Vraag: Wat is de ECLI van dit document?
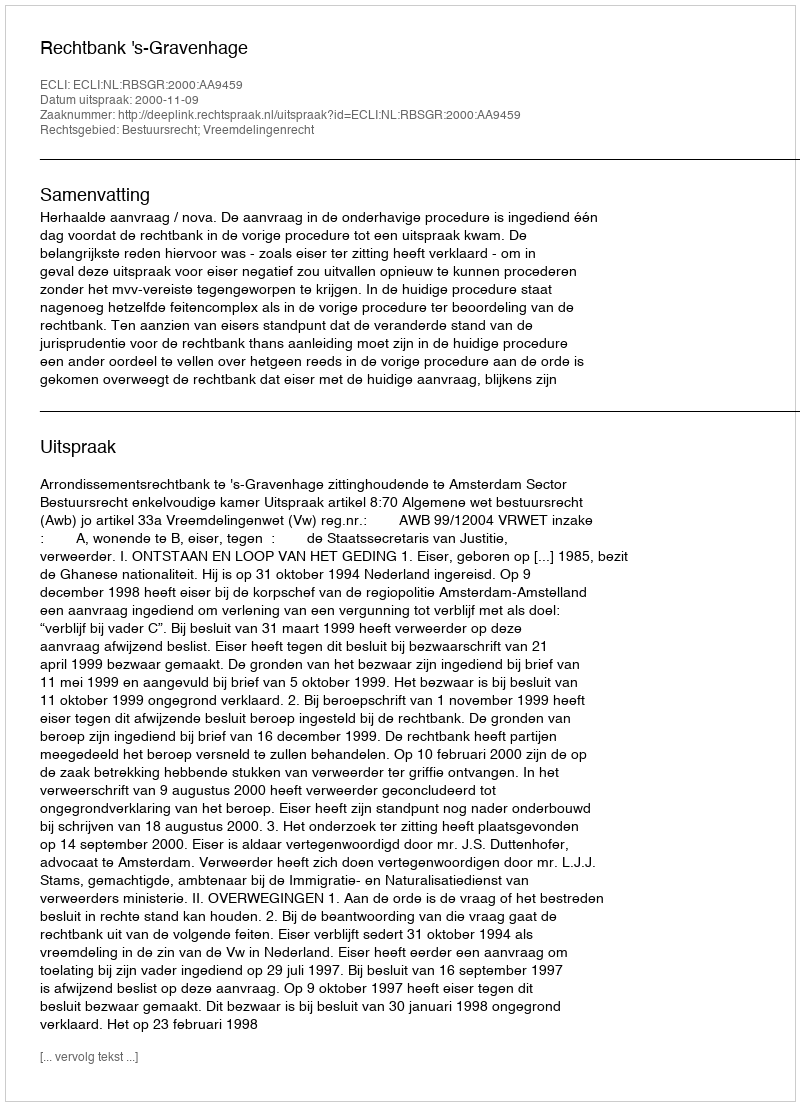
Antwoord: ECLI:NL:RBSGR:2000:AA9459